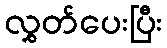
လွှတ်ပေးပြီး